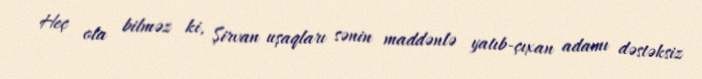
Heç ola bilməz ki, Şirvan uşaqları sənin maddənlə yatıb-çıxan adamı dəstəksiz